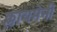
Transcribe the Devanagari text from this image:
क्लायमेनी